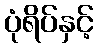
ပုံရိပ်နှင့်